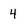
Character: 4